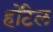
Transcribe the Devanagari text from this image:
होंटेल